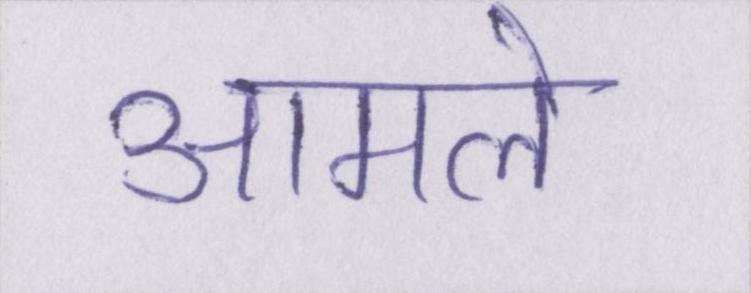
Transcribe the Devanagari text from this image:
आमले